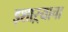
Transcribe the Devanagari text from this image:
इशाऱ्याचा